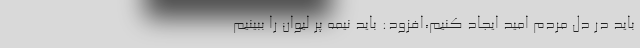
باید در دل مردم امید ایجاد کنیم،افزود: باید نیمه پر لیوان را ببینیم